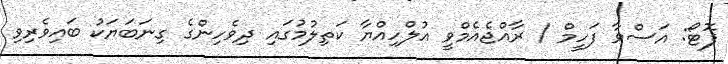
ފޮޓޯ: އަސްވާ ފަހީމް / ރާއްޖެއެމްވީ އުލްހިއްޔާ ކަތިލުމުގައި ދިވެހިންގެ ގިނަބަޔަކު ބައިވެރިވި